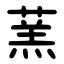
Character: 蓔